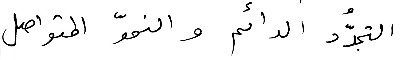
التجدُّد الدائم والنموّ المتواصل